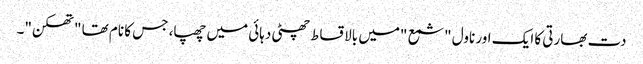
دت بھارتی کا ایک اور ناول "شمع "میں بالاقساط چھٹی دہائی میں چھپا، جس کا نام تھا "تھکن"۔